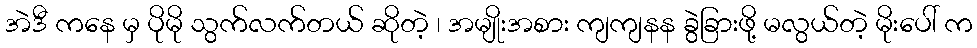
အဲဒီ ကနေ မှ ပိုမို သွက်လက်တယ် ဆိုတဲ့ ၊ အမျိုးအစား ကျကျနန ခွဲခြားဖို့ မလွယ်တဲ့ မိုးပေါ် က